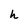
Character: h